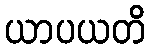
ယာပယတိ